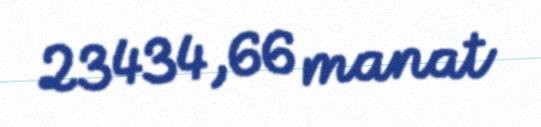
23434,66 manat